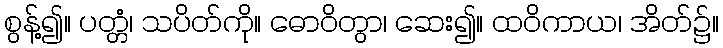
စွန့်၍။ ပတ္တံ၊ သပိတ်ကို။ ဓောဝိတွာ၊ ဆေး၍။ ထဝိကာယ၊ အိတ်၌။